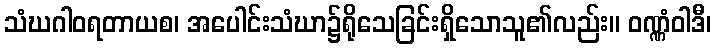
သံဃဂါဝရတာယစ၊ အပေါင်းသံဃာ၌ရိုသေခြင်းရှိသောသူ၏လည်း။ ဝဏ္ဏံဝါဒီ၊